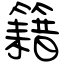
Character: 籍